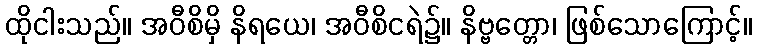
ထိုငါးသည်။ အဝီစိမှိ နိရယေ၊ အဝီစိငရဲ၌။ နိဗ္ဗတ္တော၊ ဖြစ်သောကြောင့်။